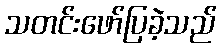
သတင်းဖော်ပြခဲ့သည်